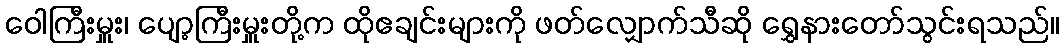
ဝေါကြီးမှူး၊ ပျော့ကြီးမှူးတို့က ထိုဧချင်းများကို ဖတ်လျှောက်သီဆို ရွှေနားတော်သွင်းရသည်။